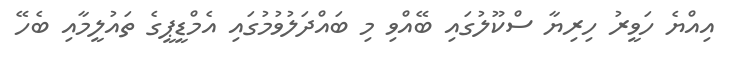
އިއްޔެ ހަވީރު ހިރިޔާ ސްކޫލުގައި ބޭއްވި މި ބައްދަލުވުމުގައި އެމްޑީޕީގެ ތައުލީމާއި ބެހޭ